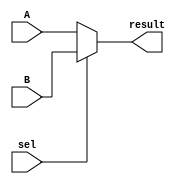
module Mux2to1 #(
parameter N_bit=4
) (
  input [N_bit-1 : 0] A,B,
  input sel,
  output [N_bit-1 : 0] result


);
assign result = sel? B:A ;
endmodule